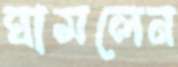
ঘামলেন